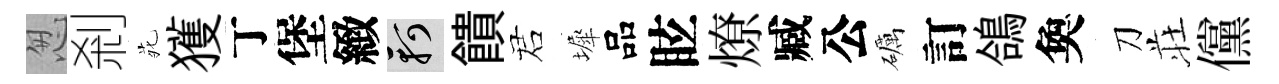
怱剎𫟍獲丁堡緻軻饋诺墀品眩燎臧公礪訂鴿奐刀荘儻